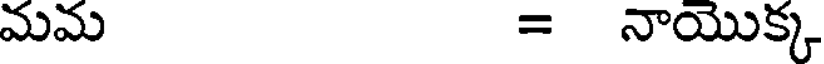
మమ = నాయొక్క